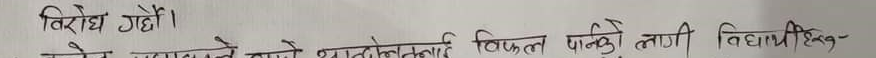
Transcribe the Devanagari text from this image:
विरोध गरे।
भने नमाने श्रमतोलाई विफल पर्ने को लागि विधायी-